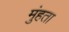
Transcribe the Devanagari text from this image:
मुंहता